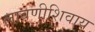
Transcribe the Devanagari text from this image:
लावणीशिवाय